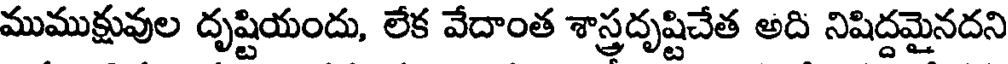
ముముక్షువుల దృష్టియందు, లేక వేదాంత శాస్త్రదృష్టిచేత అది నిషిద్దమైనదని